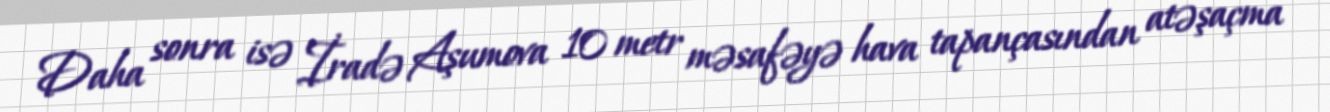
Daha sonra isə İradə Aşumova 10 metr məsafəyə hava tapançasından atəşaçma